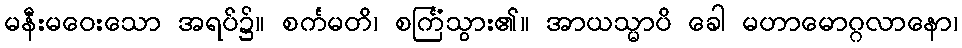
မနီးမဝေးသော အရပ်၌။ စင်္ကမတိ၊ စင်္ကြံသွား၏။ အာယသ္မာပိ ခေါ မဟာမောဂ္ဂလာနော၊